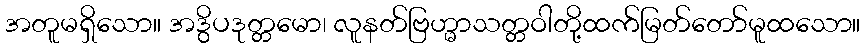
အတူမရှိသော။ အဒွိပဒုတ္တမော၊ လူနတ်ဗြဟ္မာသတ္တဝါတို့ထက်မြတ်တော်မူထသော။